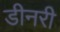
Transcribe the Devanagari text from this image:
डीनरी